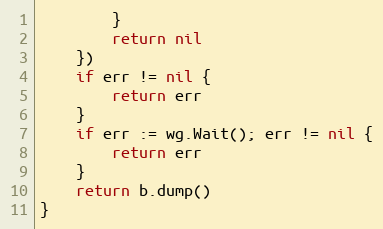
Language: Go
		}
		return nil
	})
	if err != nil {
		return err
	}
	if err := wg.Wait(); err != nil {
		return err
	}
	return b.dump()
}